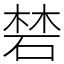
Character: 𥓙